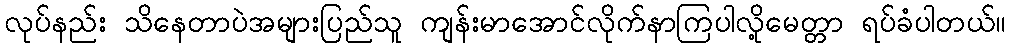
လုပ်နည်း သိနေတာပဲအများပြည်သူ ကျန်းမာအောင်လိုက်နာကြပါလို့မေတ္တာ ရပ်ခံပါတယ်။